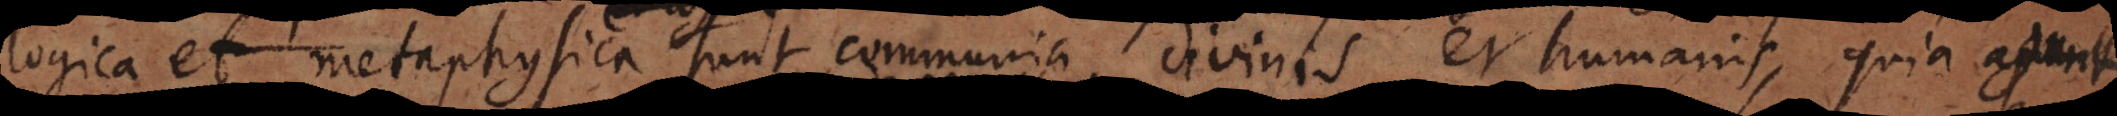
ia metaphysica sunt communia divinis et humanis, quia agunt